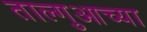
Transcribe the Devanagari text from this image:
ताल्गुआच्या